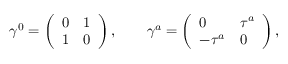
\gamma ^ { 0 } = \left( \begin{array} { l l } { { 0 } } & { { 1 } } \\ { { 1 } } & { { 0 } } \end{array} \right) , \qquad \gamma ^ { a } = \left( \begin{array} { l l } { { 0 } } & { { \tau ^ { a } } } \\ { { - \tau ^ { a } } } & { { 0 } } \end{array} \right) ,